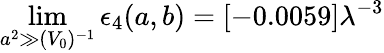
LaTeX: \operatorname*{lim}_{a^{2}\gg(V_{0})^{-1}}\epsilon_{4}(a,b)=[-0.0059]\lambda^{-3}